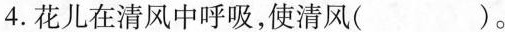
4.花儿在清风中呼吸，使清风( )。